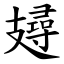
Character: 攳